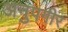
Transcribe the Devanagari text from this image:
अनुपगीर